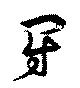
鬪